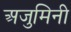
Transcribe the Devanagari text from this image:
अजुमिनी